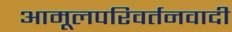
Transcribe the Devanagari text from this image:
आमूलपरिवर्तनवादी